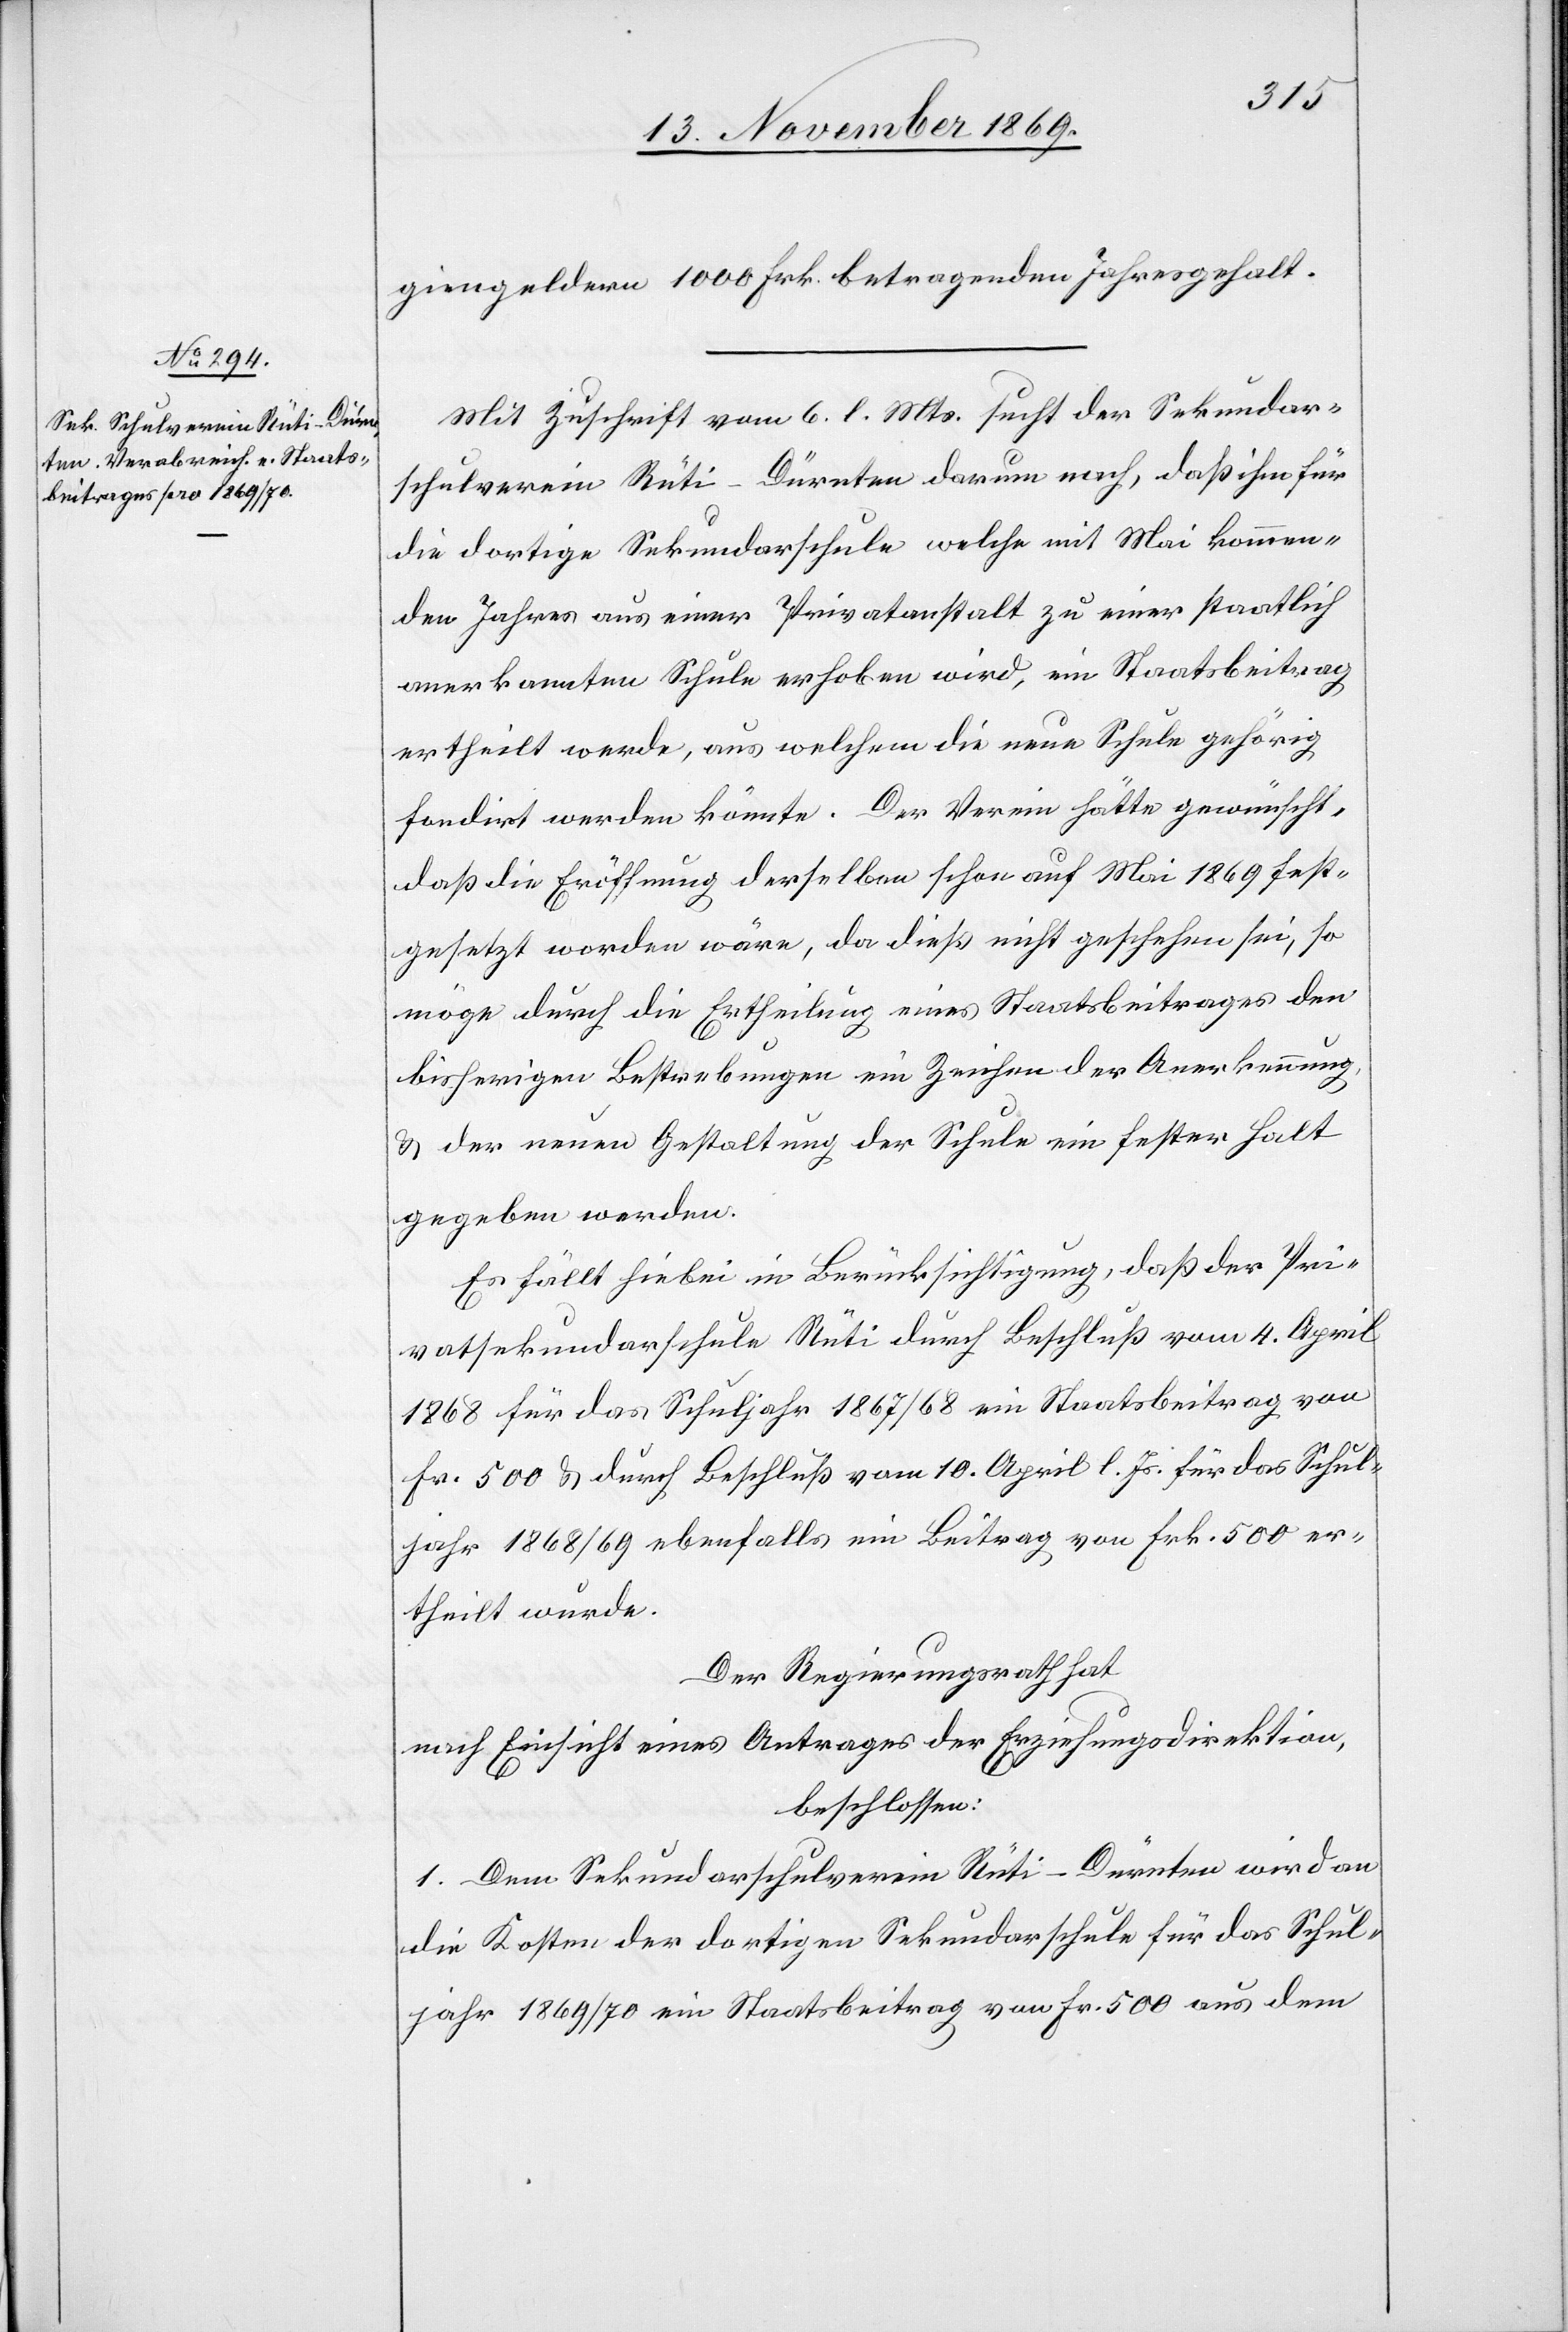
giengeldern 1000 Frk. betragenden Jahresgehalt.
Mit Zuschrift vom 6. l. Mts. sucht der Sekundar¬
schulverein Rüti-Dürnten darum nach, daß ihm für
die dortige Sekundarschule welche mit Mai kommen¬
den Jahres aus einer Privatanstalt zu einer staatlich
anerkannten Schule erhoben wird, ein Staatsbeitrag
ertheilt werde, aus welchem die neue Schule gehörig
fondirt werden könnte. Der Verein hätte gewünscht,
daß die Eröffnung derselben schon auf Mai 1869 fest¬
gesetzt worden wäre, da dieß nicht geschehen sei, so
möge durch die Ertheilung eines Staatsbeitrages den
bisherigen Bestrebungen ein Zeichen der Anerkennung,
& der neuen Gestaltung der Schule ein fester Halt
gegeben werden.
Es fällt hiebei in Berücksichtigung, daß der Pri¬
vatsekundarschule Rüti durch Beschluß vom 4. April
1868 für das Schuljahr 1867/68 ein Staatsbeitrag von
Fr. 500 & durch Beschluß vom 10. April l. Js. für das Schul¬
jahr 1868/69 ebenfalls ein Beitrag von Frk. 500 er¬
theilt wurde.
Der Regierungsrath hat
nach Einsicht eines Antrages der Erziehungsdirektion,
beschlossen:
1. Dem Sekundarschulverein Rüti-Dürnten wird an
die Kosten der dortigen Sekundarschule für das Schul¬
jahr 1869/70 ein Staatsbeitrag von Fr. 500 aus dem